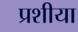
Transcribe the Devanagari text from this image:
प्रशीया